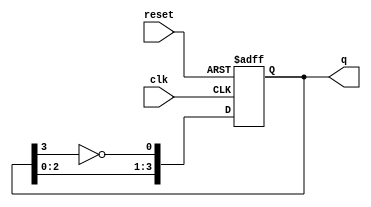
module johnson_counter (
    input wire clk,        // Clock input
    input wire reset,      // Asynchronous reset
    output reg [3:0] q     // 4-bit output for the counter
);

    // Always block triggered on the positive edge of the clock or reset
    always @(posedge clk or posedge reset) begin
        if (reset) begin
            q <= 4'b0000; // Reset the counter to 0000
        end else begin
            // Johnson counter logic
            q[0] <= ~q[3]; // Invert the last flip-flop output and feed it to the first
            q[1] <= q[0];  // Shift the current state to the next flip-flop
            q[2] <= q[1];
            q[3] <= q[2];
        end
    end

endmodule